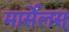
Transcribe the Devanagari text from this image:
मार्सेलस्